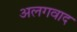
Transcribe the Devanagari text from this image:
अलगवाद